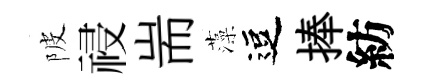
陂祲耑藻逗捧紡